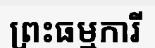
ព្រះធម្មការី